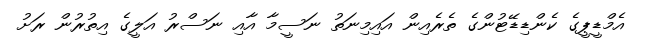
އެމްޑީޕީގެ ކެންޑިޑޭޓުންގެ ތެރެއިން އައިމިނަތު ނަސީމާ އާއި ނަސްރު އަލީގެ އިތުރުން ރަށު